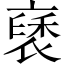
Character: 褎